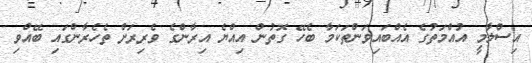
އިސްލާމީ އުއްމަތުގެ އެއްބައިވަންތަކަމާ ބެހޭ ގޮތުން އިއްޔެ އިރާންގެ ވެރިރަށް ތެހެރާންގައި ބޭއްވި